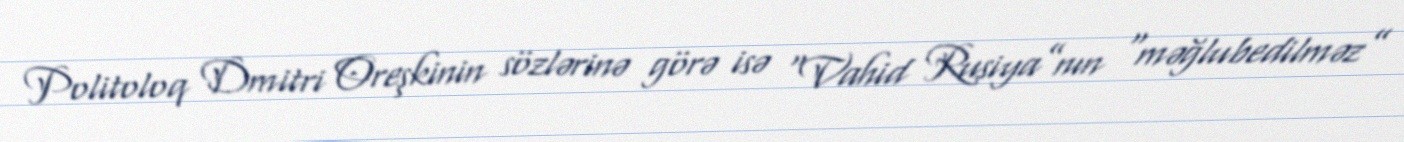
Politoloq Dmitri Oreşkinin sözlərinə görə isə “Vahid Rusiya”nın “məğlubedilməz”